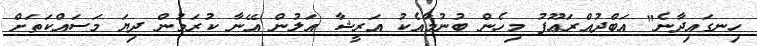
ހިނގައިދާނެ" އަބްދުއްރަޢޫފު މިހެން ބުނުމާއެކު އަރީޝާ އަލުން އޭނާ ކުރަމުން ދިޔަ މަސައްކަތަށް